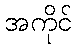
အကိုင်